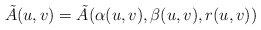
\begin{align*} \tilde{A}(u,v)=\tilde{A}(\alpha(u,v),\beta(u,v),r(u,v))\end{align*}